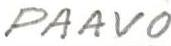
PAAVO